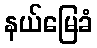
နယ်မြေခံ